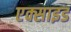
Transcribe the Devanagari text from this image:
एक्साइड